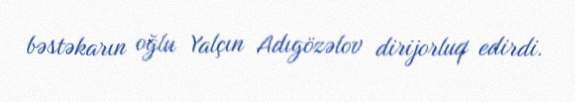
bəstəkarın oğlu Yalçın Adıgözəlov dirijorluq edirdi.